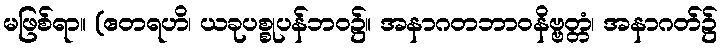
မဖြစ်ရာ။ (ဧတရဟိ၊ ယခုပစ္စုပန်ဘဝ၌။ အနာဂတဘာဝနိဗ္ဗတ္တံ၊ အနာဂတ်၌